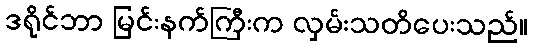
ဒရိုင်ဘာ မြင်းနက်ကြီးက လှမ်းသတိပေးသည်။